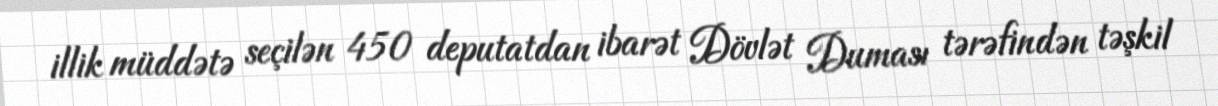
illik müddətə seçilən 450 deputatdan ibarət Dövlət Duması tərəfindən təşkil